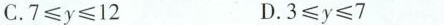
C.$$7 ≤ y ≤ 12$$ D.$$3 ≤ y ≤ 7$$